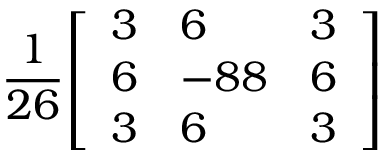
{ \frac { 1 } { 2 6 } } { \left[ \begin{array} { l l l } { 3 } & { 6 } & { 3 } \\ { 6 } & { - 8 8 } & { 6 } \\ { 3 } & { 6 } & { 3 } \end{array} \right] }